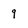
Character: 9